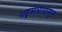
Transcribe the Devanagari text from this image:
राष्ट्रसंघापासुन